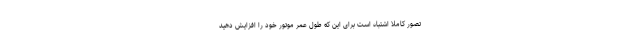
تصور کاملا اشتباه است برای این که طول عمر موتور خود را افزایش دهید